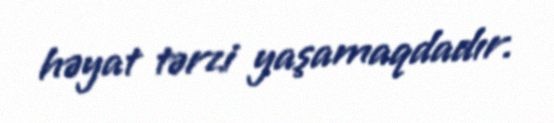
həyat tərzi yaşamaqdadır.